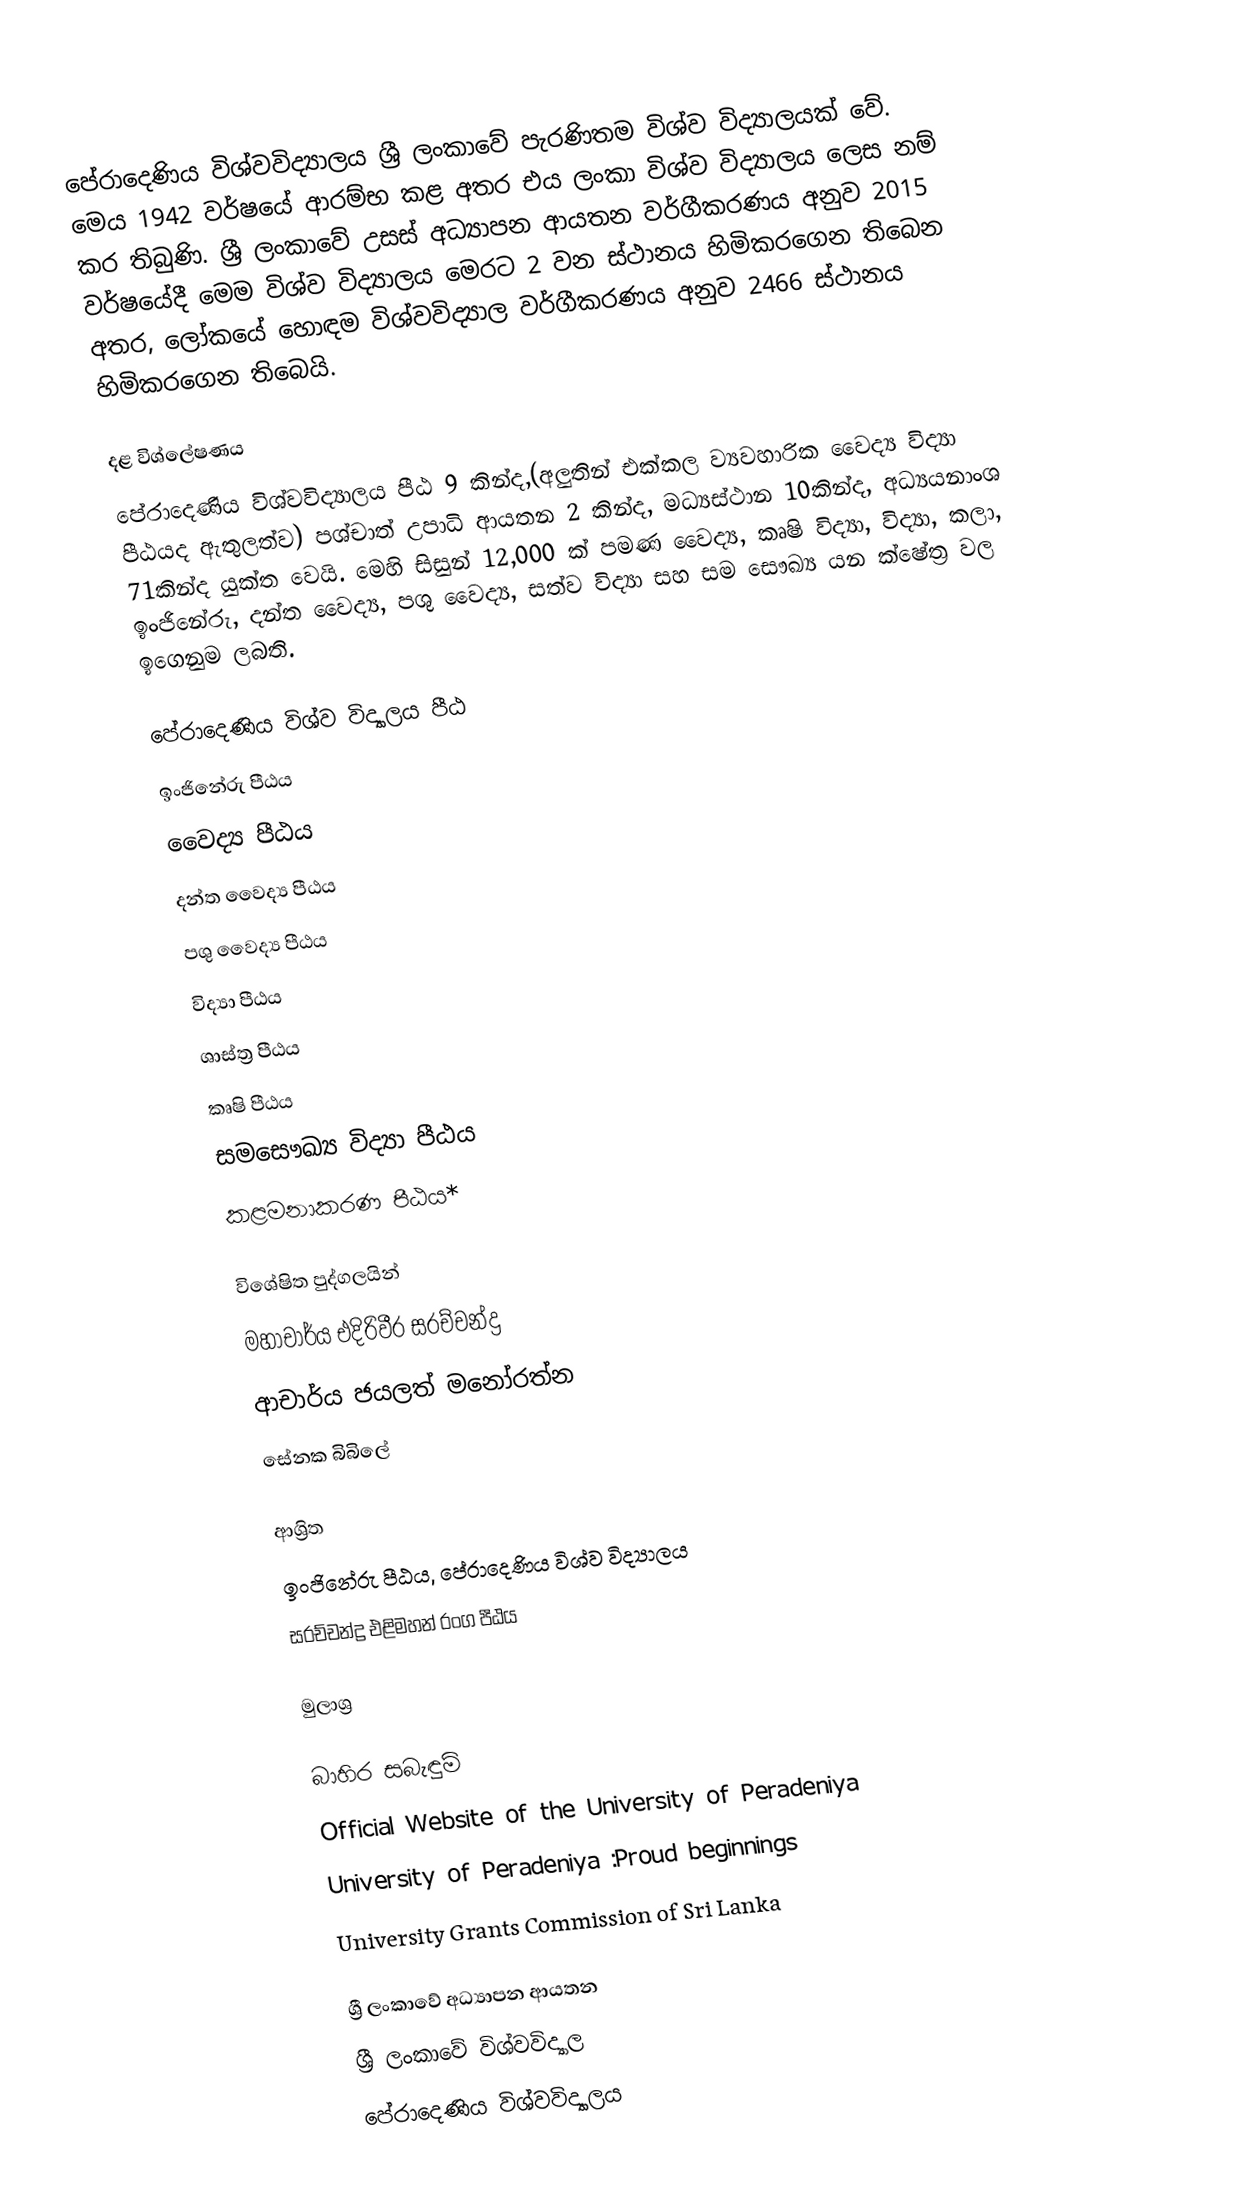
පේරාදෙණිය‍ විශ්වවිද්‍යාලය ශ්‍රී ලංකාවේ පැරණිතම විශ්ව විද්‍යාලයක් වේ. මෙය 1942 වර්ෂයේ ආරම්භ කළ අතර එය ලංකා විශ්ව විද්‍යාලය ලෙස නම් කර තිබුණි. ශ්‍රී ලංකාවේ උසස් අධ්‍යාපන ආයතන වර්ගීකරණය අනුව 2015 වර්ෂයේදී මෙම විශ්ව විද්‍යාලය මෙරට 2 වන ස්ථානය හිමිකරගෙන තිබෙන අතර, ලෝකයේ හොඳම විශ්වවිද්‍යාල වර්ගීකරණය අනුව 2466 ස්‌ථානය හිමිකරගෙන තිබෙයි.

දළ විශ්ලේෂණය
පේරාදෙණිය විශ්වවිද්‍යාලය පීඨ 9 කින්ද,(අලුතින් එක්කල ව්‍යවහාරික වෛද්‍ය විද්‍යා පීඨයද ඇතුලත්ව) පශ්චාත් උපාධි ආයතන 2 කින්ද, මධ්‍යස්ථාන 10කින්ද, අධ්‍යයනාංශ 71කින්ද යුක්ත වෙයි. මෙහි සිසුන් 12,000 ක් පමණ වෛද්‍ය, කෘෂි විද්‍යා, විද්‍යා, කලා, ඉංජිනේරු, දන්ත වෛද්‍ය, පශු වෛද්‍ය, සත්ව විද්‍යා සහ සම සෞඛ්‍ය යන ක්ෂේත්‍ර වල ඉගෙනුම ලබති.

පේරාදෙණිය විශ්ව විද්‍යාලය පීඨ
 ඉංජිනේරු පීඨය
 වෛද්‍ය පීඨය
 දන්ත වෛද්‍ය පීඨය
 පශු වෛද්‍ය පීඨය
 විද්‍යා පීඨය
 ශාස්ත්‍ර පීඨය
 කෘෂි පීඨය
 සමසෞඛ්‍ය විද්‍යා පීඨය
 කළමනාකරණ  පීඨය*

විශේෂිත පුද්ගලයින්
 මහාචාර්ය එදිරිවීර සරච්චන්ද්‍ර
 ආචාර්ය ජයලත් මනෝරත්න
 සේනක බිබිලේ

ආශ්‍රිත
 ඉංජිනේරු පීඨය, පේරාදෙණිය‍ විශ්ව විද්‍යාලය
 සරච්චන්ද්‍ර එළිමහන් රංග පීඨය

මුලාශ්‍ර

බාහිර සබැඳුම්
Official Website of the University of Peradeniya
University of Peradeniya :Proud beginnings
University Grants Commission of Sri Lanka

ශ්‍රී ලංකාවේ අධ්‍යාපන ආයතන
ශ්‍රී ලංකාවේ විශ්වවිද්‍යාල
පේරාදෙණිය‍ විශ්වවිද්‍යාලය